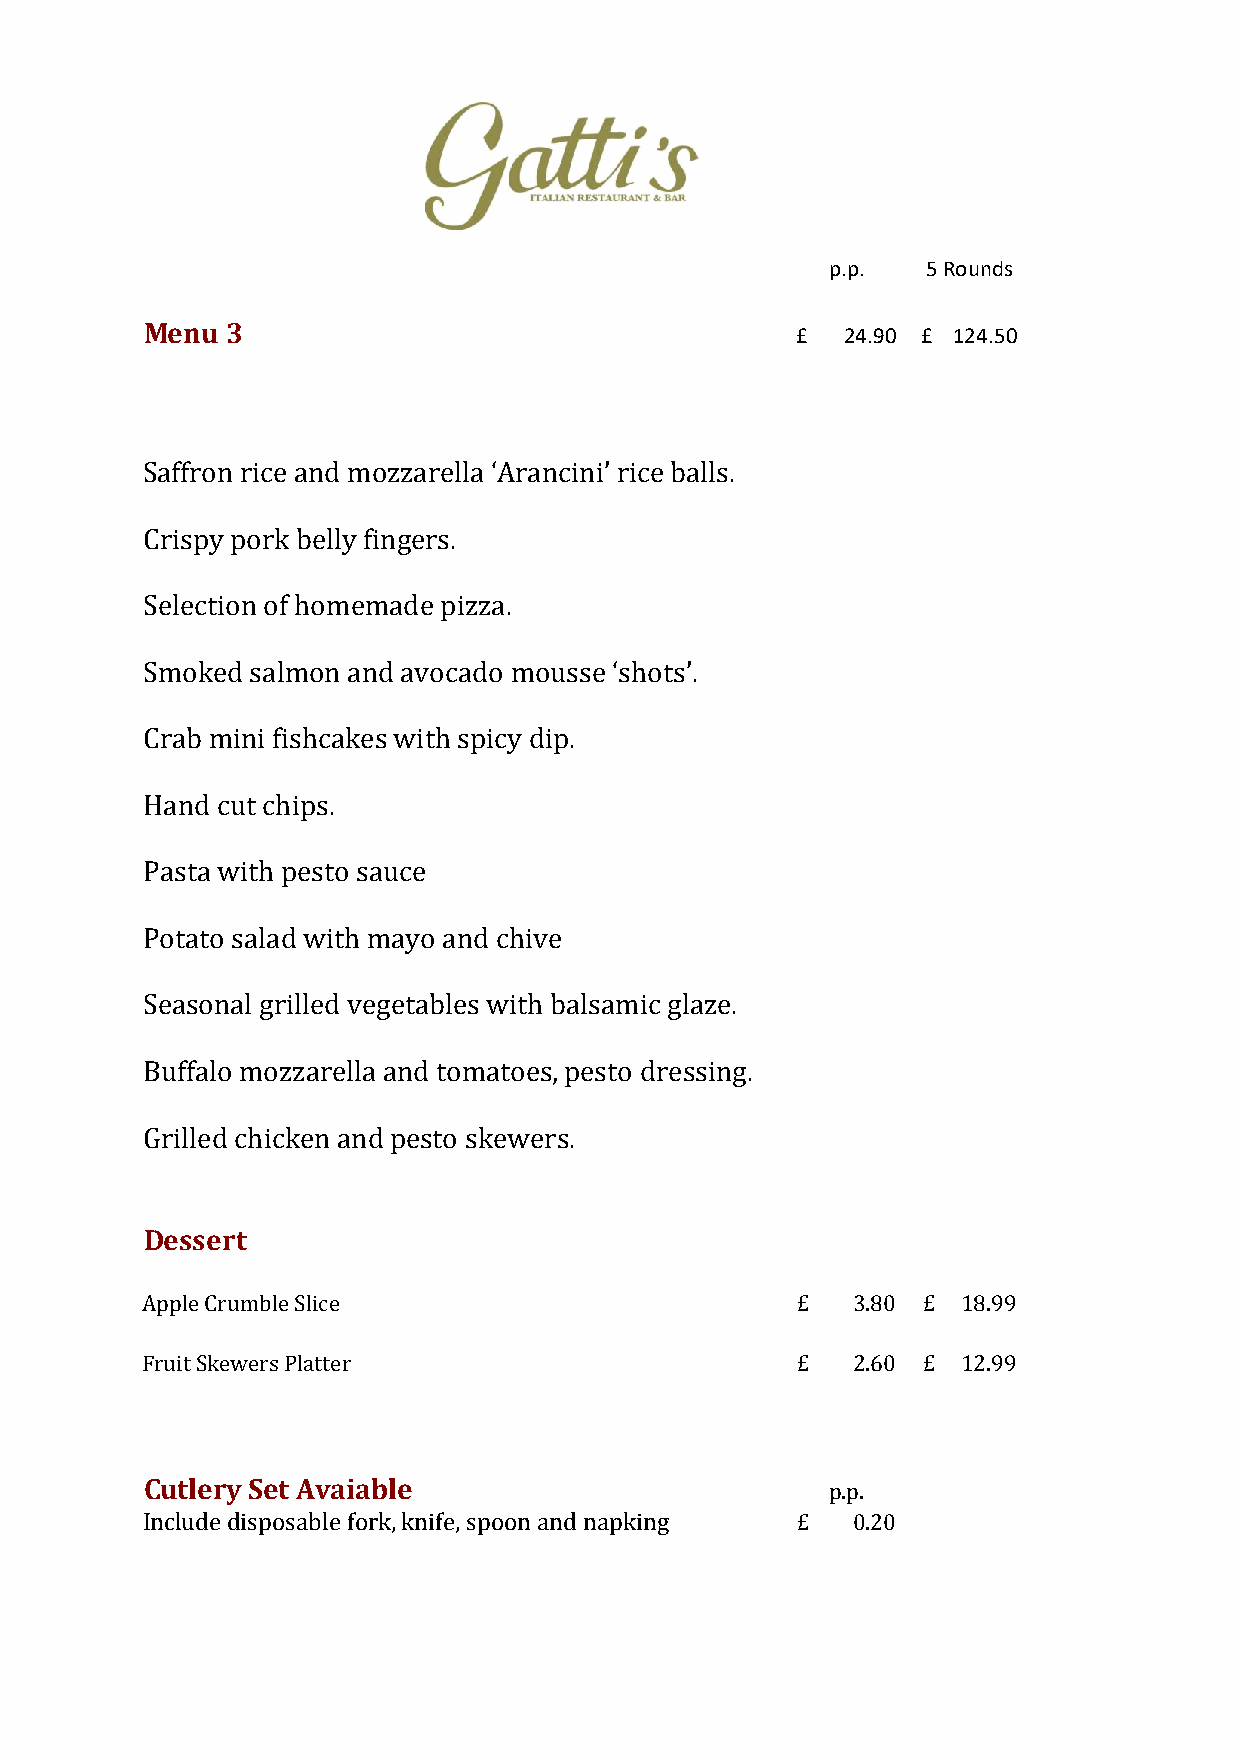
p.p.  5 Rounds
 Menu 3                                     £  2 4.90 £ 1 24.50
 Saffron rice and mozzarella ‘Arancini’ rice balls.
 Crispy pork belly fingers.
 Selection of homemade pizza.
 Smoked  salmon and avocado mousse ‘shots’.
 Crab mini fishcakes with spicy dip.
 Hand cut chips.
 Pasta with pesto sauce
 Potato salad with mayo and chive
 Seasonal grilled vegetables with balsamic glaze.
 Buffalo mozzarella and tomatoes, pesto dressing.
 Grilled chicken and pesto skewers.
 Dessert
 Apple Crumble Slice                         £  3 .80 £ 18.99
 Fruit Skewers Platter                       £  2 .60 £ 12.99
 Cutlery Set Avaiable                         p.p.
 Include disposable fork, knife, spoon and napking £ 0 .20